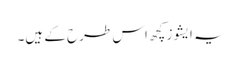
یہ ایشوز کچھ اس طرح کے ہیں۔